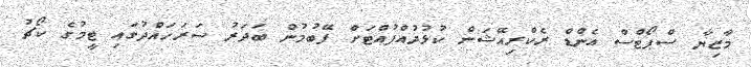
މާޒިޔާ ސްޕޯޓްސް އެންޑް ރެކްރިއޭޝަން ކުޅުދުއްފުއްޓަށް ފޭބުމުން ބަދަރު ސަރަހައްދުގަައި ޓީމުގެ ކޯޗު